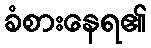
ခံစားနေရ၏